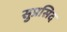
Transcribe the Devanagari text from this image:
सुप्रसिद